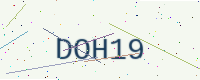
Text: DOH19